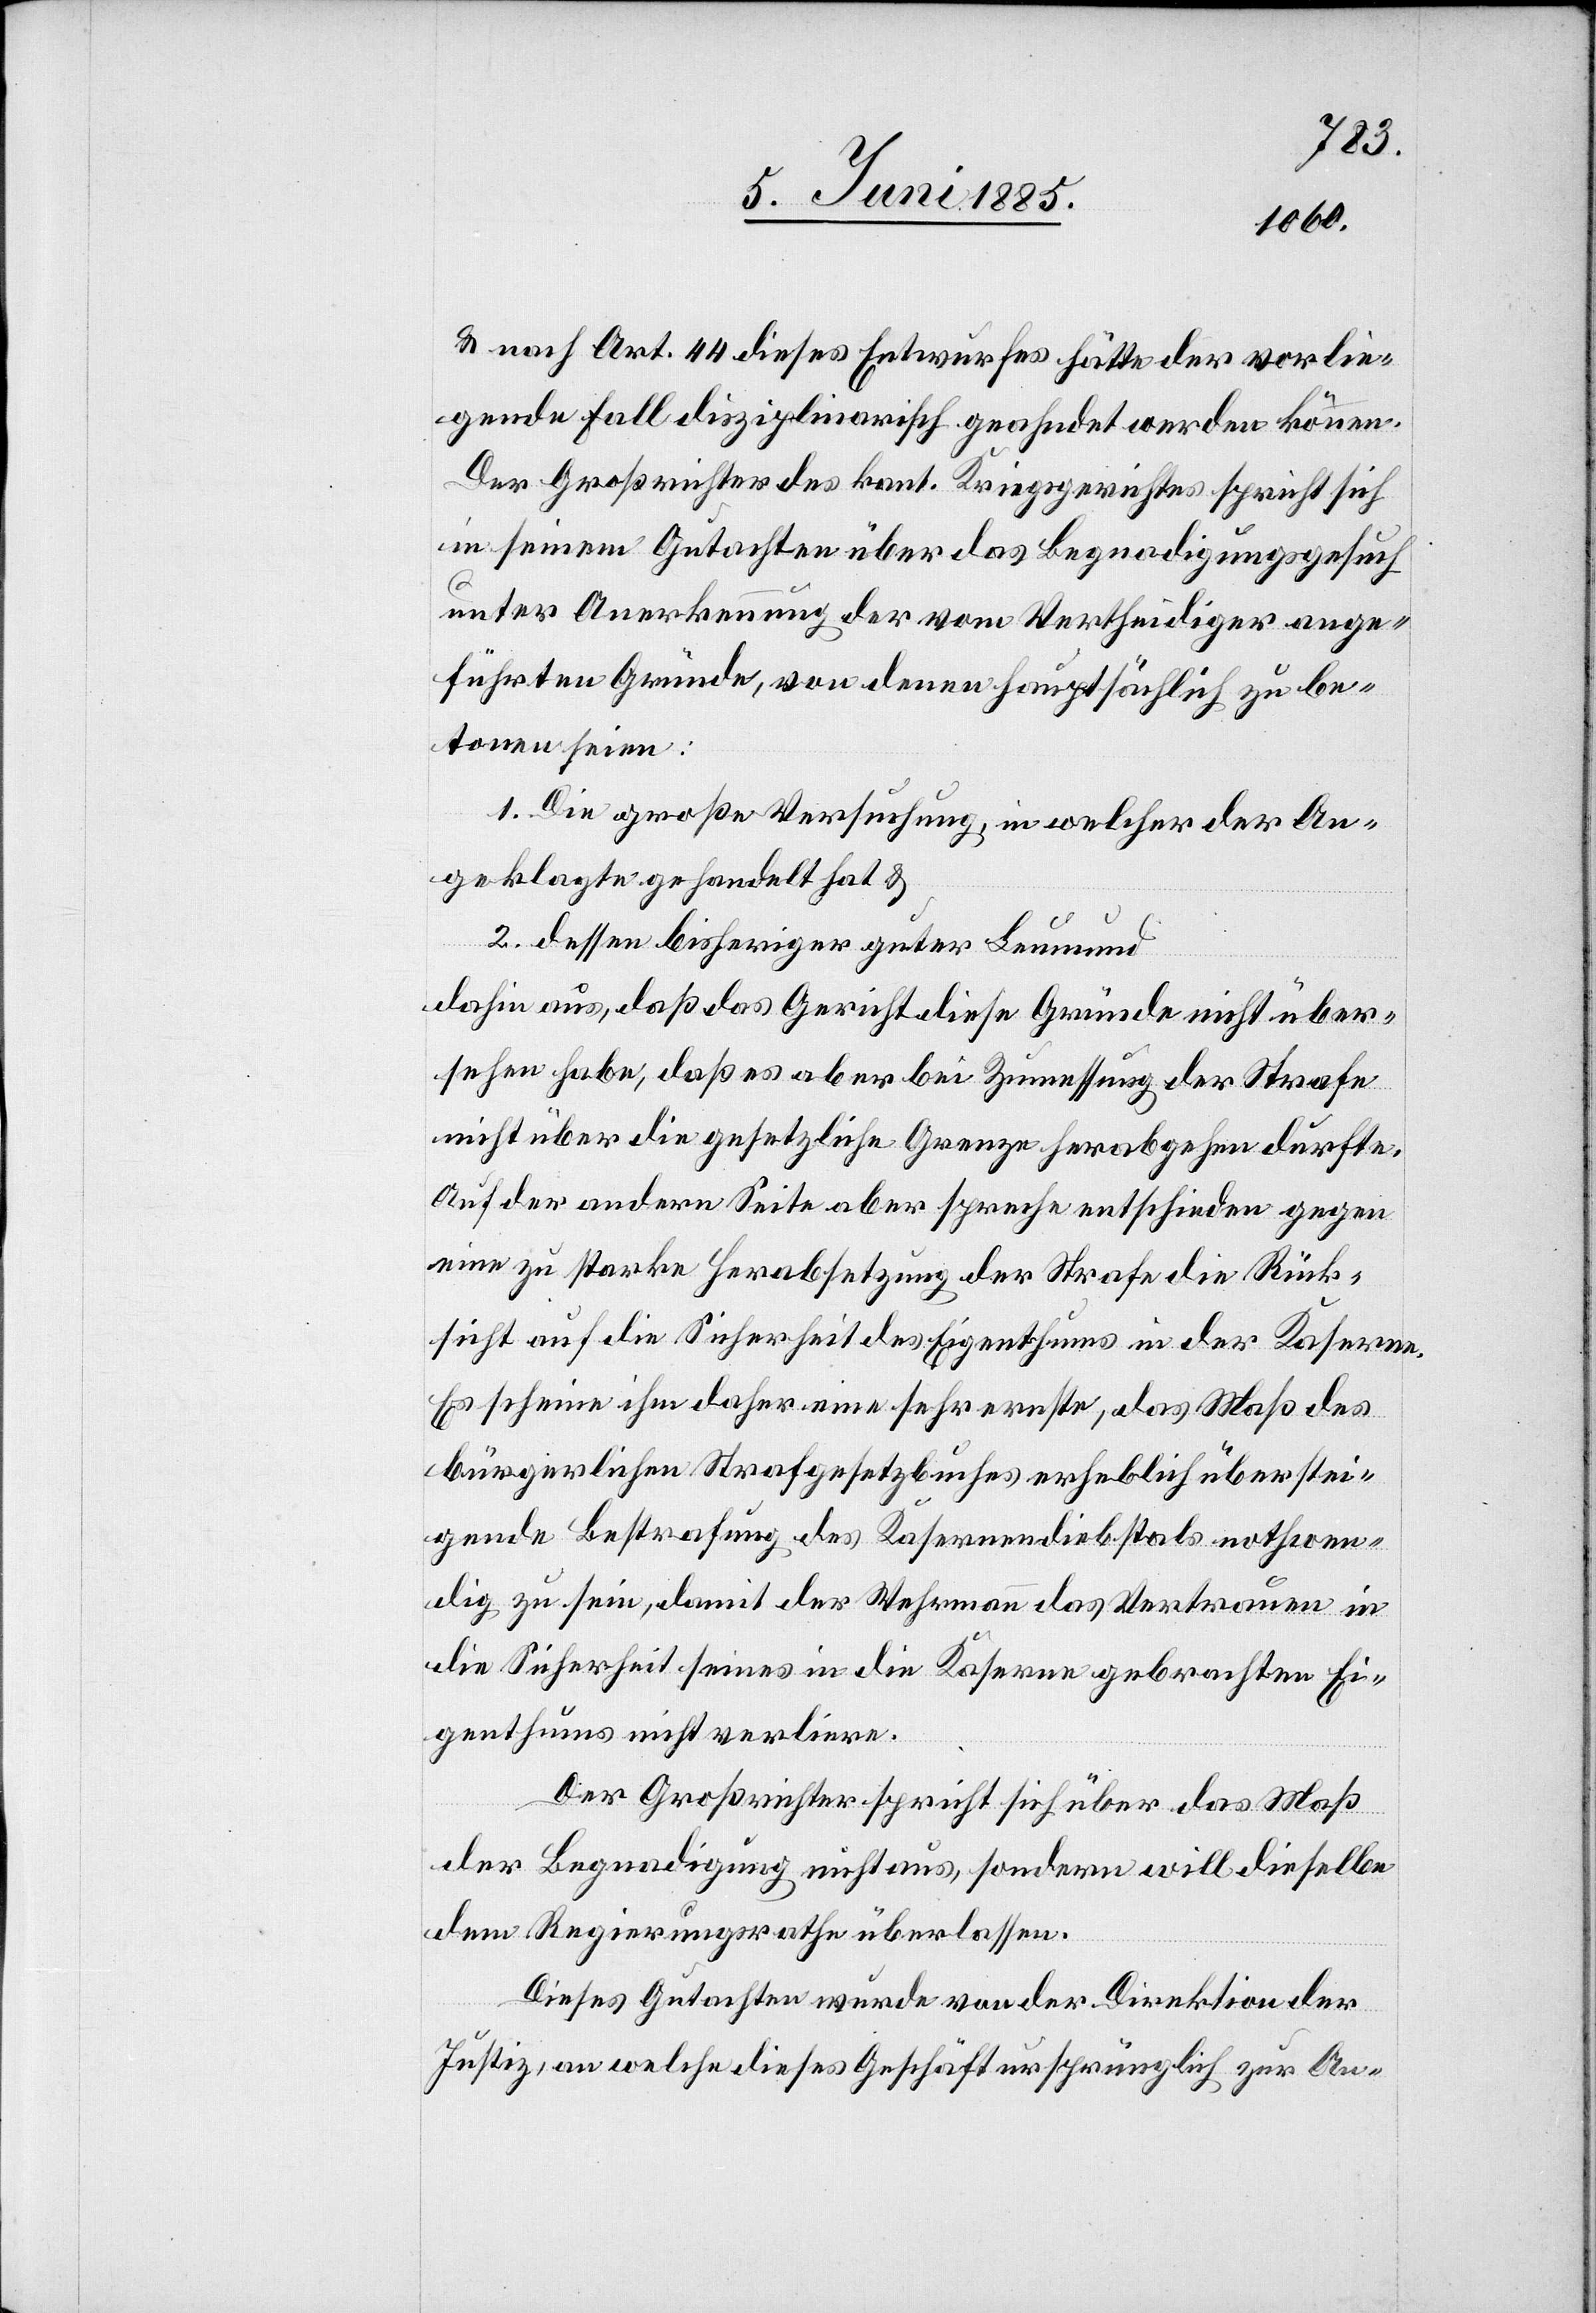
& nach Art. 44 dieses Entwurfes hätte der vorlie¬
gende Fall disziplinarisch geahndet werden können.
Der Großrichter des kant. Kriegsgerichtes spricht sich
in seinem Gutachten über das Begnadigungsgesuch
unter Anerkennung der vom Vertheidiger ange¬
führten Gründe, von denen hauptsächlich zu be¬
tonen seien:
1. Die große Versuchung, in welcher der An¬
geklagte gehandelt hat &
2. dessen bisheriger guter Leumund
dahin aus, daß das Gericht diese Gründe nicht über¬
sehen habe, daß es aber bei Zumessung der Strafe
nicht über die gesetzliche Grenze herabgehen durfte.
Auf der andern Seite aber spreche entschieden gegen
eine zu starke Herabsetzung der Strafe die Rück¬
sicht auf die Sicherheit des Eigenthums in der Kaserne.
Es scheine ihm daher eine sehr ernste, das Maß des
bürgerlichen Strafgesetzbuches erheblich überstei¬
gende Bestrafung des Kasernendiebstals nothwen¬
dig zu sein, damit der Wehrmann das Vertrauen in
die Sicherheit seines in die Kaserne gebrachten Ei¬
genthumes nicht verliere.
Der Großrichter spricht sich über das Maß
der Begnadigung nicht aus, sondern will dieselbe
dem Regierungsrathe überlassen.
Dieses Gutachten wurde von der Direktion der
Justiz, an welche dieses Geschäft ursprünglich zur An-